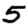
Digit: 5